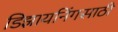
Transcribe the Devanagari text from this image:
डिझायनिंगसाठी